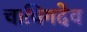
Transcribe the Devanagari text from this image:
चाचिगदेव